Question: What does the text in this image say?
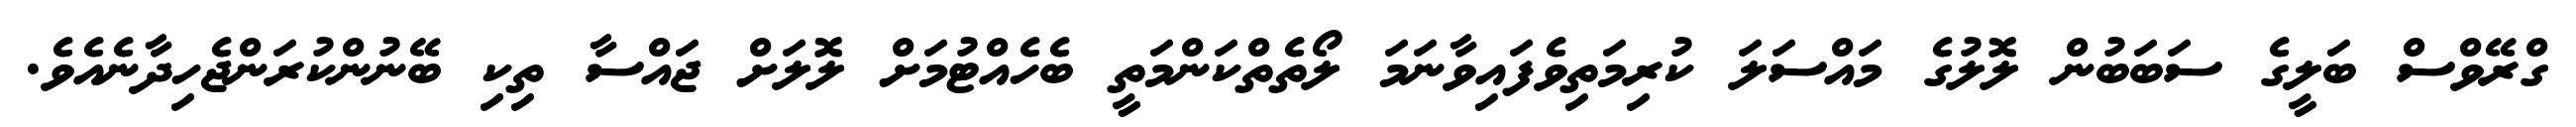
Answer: ގްރޭވްސް ބަލީގެ ސަބަބުން ލޮލުގެ މައްސަލަ ކުރިމަތިވެފައިވާނަމަ ލޯތެތްކަންމަތީ ބެހެއްޓުމަށް ލޮލަށް ޖައްސާ ތިކި ބޭނުންކުރަންޖެހިދާނެއެވެ.